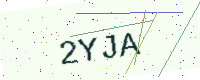
Text: 2YJA